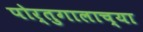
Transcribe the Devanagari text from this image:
पोर्तुगालाच्या